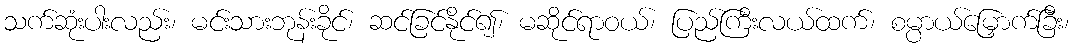
သက်ဆုံးပါးလည်း၊ မင်းသားဘုန်းခိုင်၊ ဆင်ခြင်နိုင်၍၊ မဆိုင်ရာဝယ်၊ ပြည်ကြီးလယ်ထက်၊ စမ္ပာယ်မြှောက်ခြီး၊